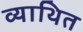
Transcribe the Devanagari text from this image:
व्याथित